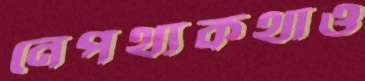
নেপথ্যকথাও